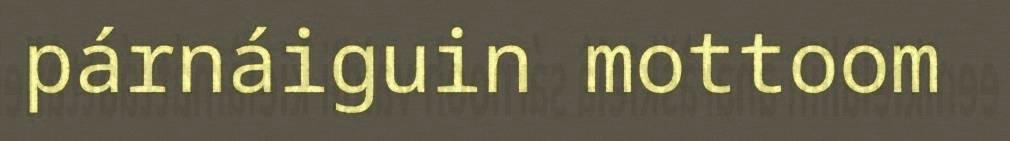
párnáiguin mottoom